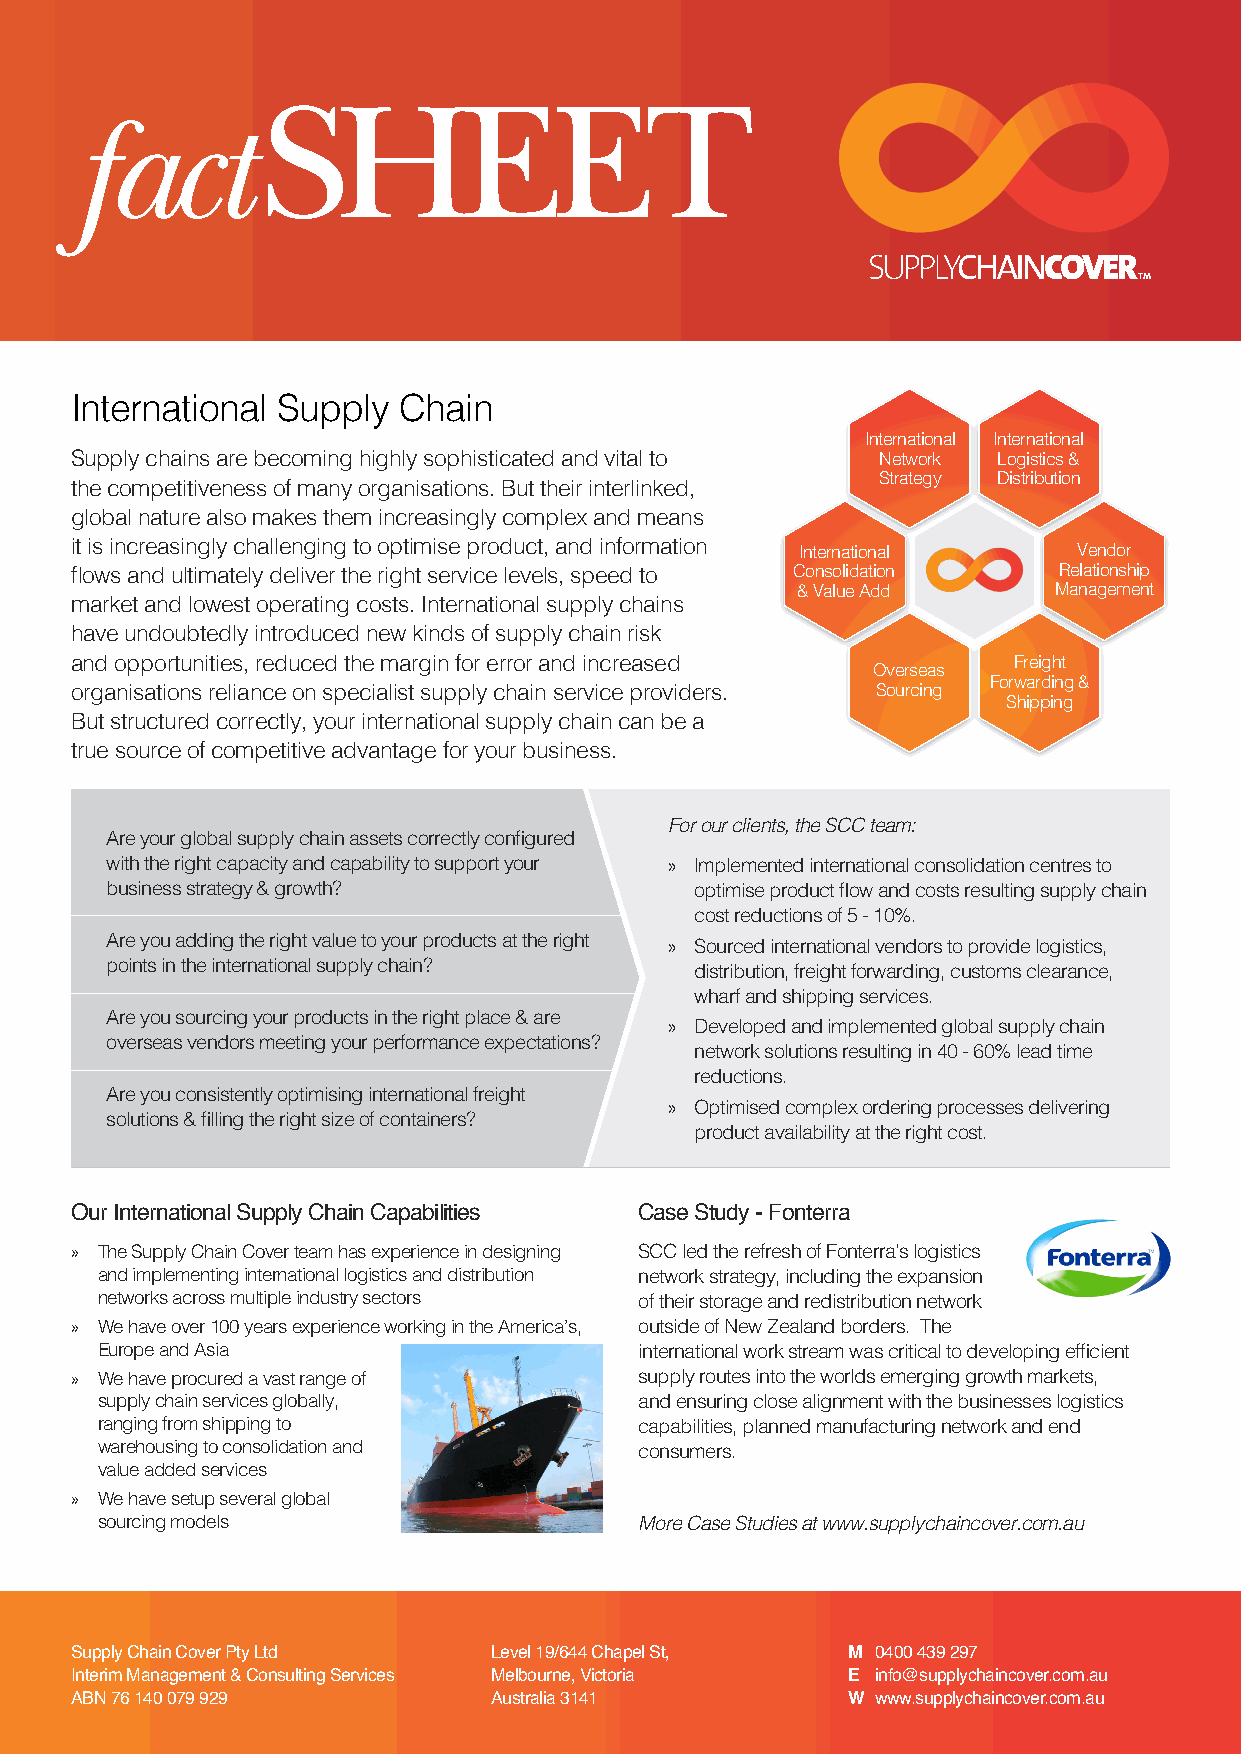
SHEET
 fact
 International Supply Chain
 International International
 Supply chains are becoming highly sophisticated and vital to Network Logistics &
 Strategy Distribution
 the competitiveness of many organisations. But their interlinked,
 global nature also makes them increasingly complex and means
 it is increasingly challenging to optimise product, and information International Vendor
 flows and ultimately deliver the right service levels, speed to Consolidation Relationship
 & Value Add      Management
 market and lowest operating costs. International supply chains
 have undoubtedly introduced new kinds of supply chain risk
 and opportunities, reduced the margin for error and increased Freight
 Overseas
 Forwarding &
 organisations reliance on specialist supply chain service providers. Sourcing
 Shipping
 But structured correctly, your international supply chain can be a
 true source of competitive advantage for your business.
 For our clients, the SCC team:
 Are your global supply chain assets correctly configured
 with the right capacity and capability to support your » Implemented international consolidation centres to
 business strategy & growth?            optimise product flow and costs resulting supply chain
 cost reductions of 5 - 10%.
 Are you adding the right value to your products at the right » Sourced international vendors to provide logistics,
 points in the international supply chain? distribution, freight forwarding, customs clearance,
 wharf and shipping services.
 Are you sourcing your products in the right place & are
 » Developed and implemented global supply chain
 overseas vendors meeting your performance expectations?
 network solutions resulting in 40 - 60% lead time
 reductions.
 Are you consistently optimising international freight
 » Optimised complex ordering processes delivering
 solutions & filling the right size of containers?
 product availability at the right cost.
 Our International Supply Chain Capabilities Case Study - Fonterra
 » The Supply Chain Cover team has experience in designing SCC led the refresh of Fonterra’s logistics
 and implementing international logistics and distribution network strategy, including the expansion
 networks across multiple industry sectors of their storage and redistribution network
 » We have over 100 years experience working in the America’s, outside of New Zealand borders. The
 Europe and Asia                     international work stream was critical to developing efficient
 » We have procured a vast range of   supply routes into the worlds emerging growth markets,
 supply chain services globally,     and ensuring close alignment with the businesses logistics
 ranging from shipping to            capabilities, planned manufacturing network and end
 warehousing to consolidation and    consumers.
 value added services
 » We have setup several global
 sourcing models                     More Case Studies at www.supplychaincover.com.au
 Supply Chain Cover Pty Ltd Level 19/644 Chapel St, M 0400 439 297
 Interim Management & Consulting Services Melbourne, Victoria E info@supplychaincover.com.au
 ABN 76 140 079 929         Australia 3141          W www.supplychaincover.com.au